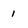
Character: 1